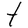
Character: t